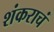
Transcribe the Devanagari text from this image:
शंकराचं